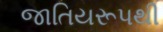
જાતિયરૂપથી